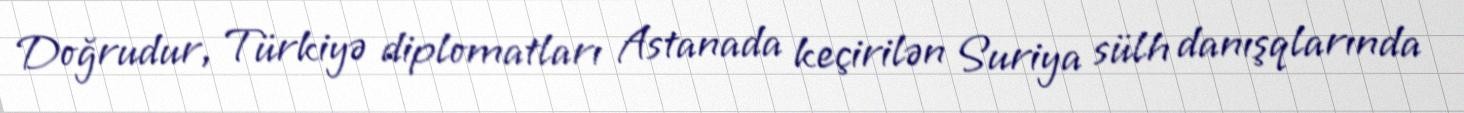
Doğrudur, Türkiyə diplomatları Astanada keçirilən Suriya sülh danışqlarında